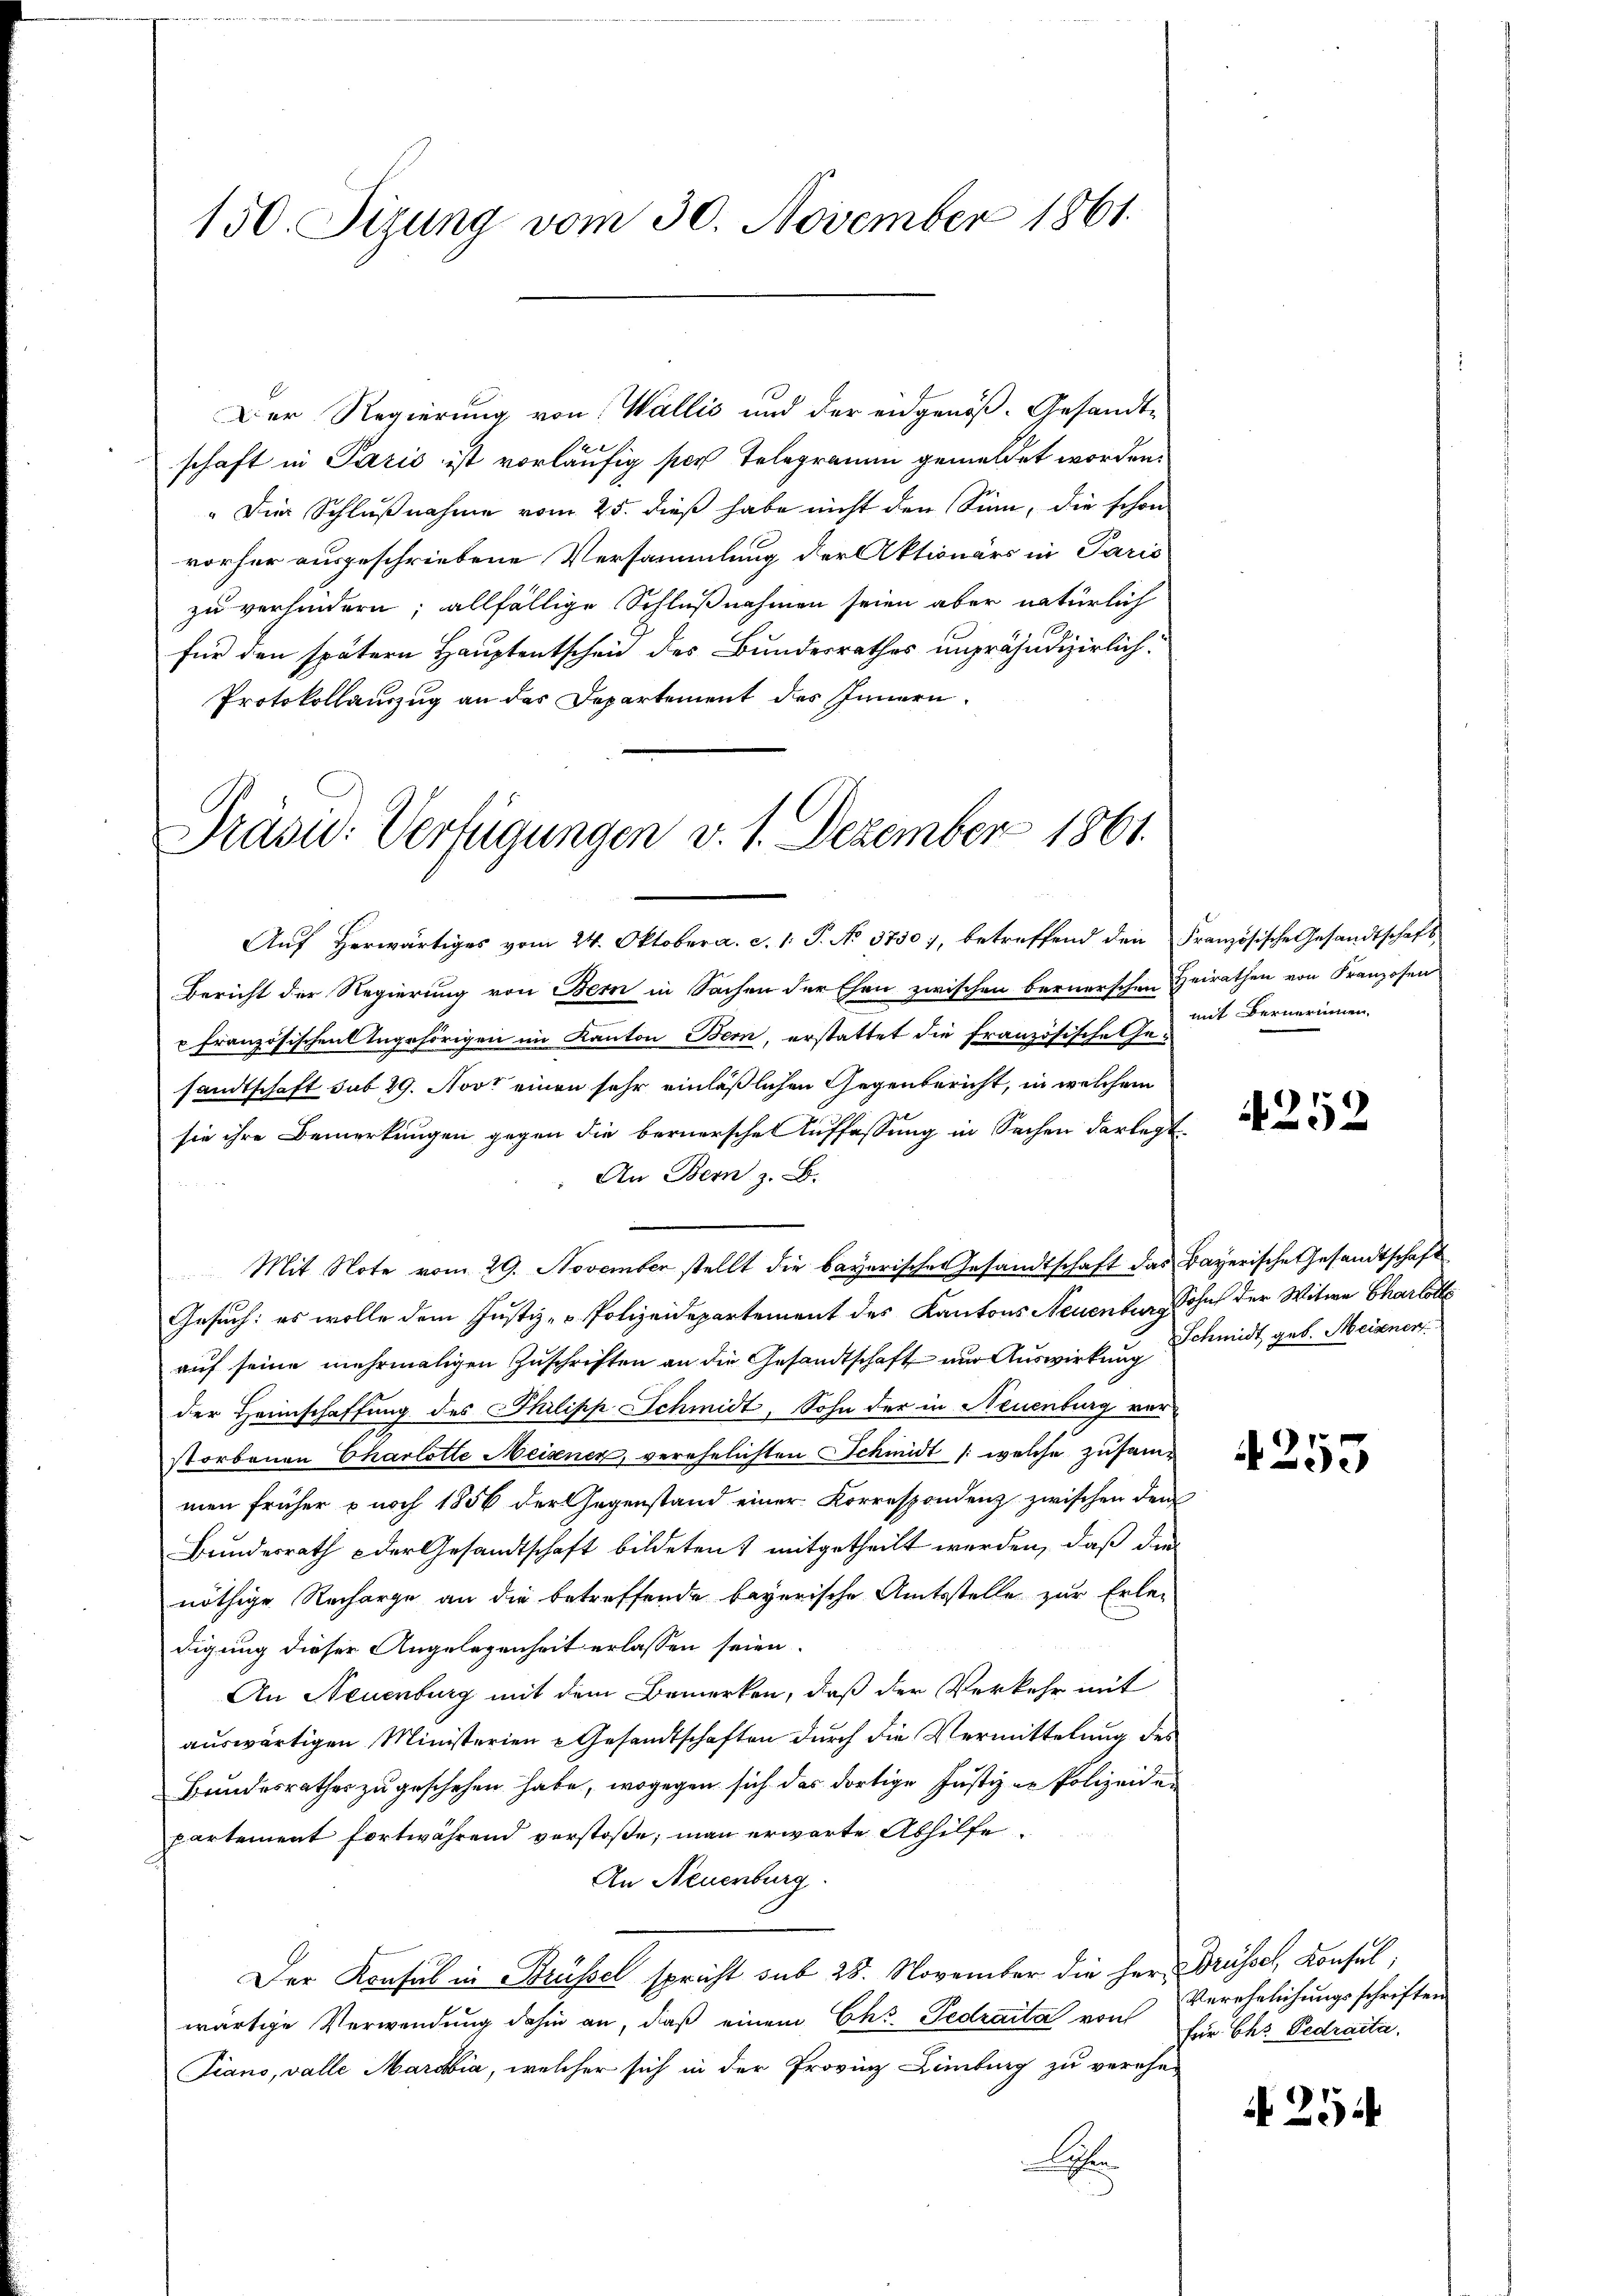
150. Sizung vom 30. November 1861.

Der Regierung von Wallis und der eidgenöß- Gesandt-
der.
schaft in Paris ist vorläufig per Telegramm gemeldet worden.
"Die Schlŭβnahme vom 25. dieβ habe nicht den Sinn, die schon
vorher ausgeschriebene Versammlung der Aktionärs in Paris
zu verhindern; allfällige Schlußnahmen seien aber natürlich
für den spätern Hauptentscheid des Bundesrathes unpräjudizierlich:
Protokollauszug an der Departement des Innern

Präsid: Verfügungen v. 1. Dezember 1861.
Aŭf erwärtiges vom 24. Oktober a. c. 1. P. No 3750, betreffend den Französische Gesandtschaft

Bericht der Regierung von Bern in Sachen der Ehen zwischen bernerschen Heirathen von Franzosen
u Französischen Angehörigen im Kanton Bern, erstattet die französische Gesandtschaft sub 29. Nov. einen sehr einläßlichen Gegenbericht, in welchem
sie ihre Bemerkungen gegen die bernerschen Auffassung in Sachen darlegt.
An Bern z. B.
Mit Note vom 29. November stellt die bayerische Gesandtschaft das Bayerische Gesandtschaft
Gesuch: es wolle dem Justiz - Polizeidepartement des Kantons Neuentur Sohn der Witwe Charlotte
aŭf seine mehrmaligen Zŭschriften an die Gesandtschaft und Auswirkung Schmidt geb. Meixner
der Heimschaffung des Philipp Schmidt, Sohn der in Neuenburg vor
storbenen Charlotte Meisener, verehelichten Schmidt /: welche zusammen früher & noch 1856 der Gegenstand einer Korrespondenz zwischen dem
Bunderrath der Gesandtschaft bildeten mitgetheilt werden, daß die
nöthige Recharge an die betreffende bayerische Amtsstelle zur Erle-
digung dieser Angelegenheit erlassen seien.
An Neuenburg mit dem Bemerken, daß der Verkehr mit
auswärtigen Ministerien - Gesandtschaften durch die Vermittelung des
Bundesrathes zu geschehen habe, wogegen sich das dortige Justiz er Polizeiden
partement fortwährend verstoße; man erwarte Abhilfe
An Neuenburg.
Der Konsul in Brüssel spricht sub 28. November die Herr Brüssel, Konsul,
wärtige Verwendung dahin an, daß einem Chr. Pedraita von
Piano, valle Maria, welcher sich in der Provinz Linburg zu verehe-
A

mit Bernerinnen

4252

4255

Verehelichungsschriften
für Ch. Pedraita

254